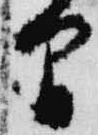
間